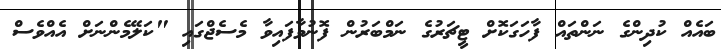
ބައެއް ކުދިންގެ ނަންތައް ފާހަގަކޮށް ޓީޗަރުގެ ނަމްބަރުން ފޮނުވާފައިވާ މެސެޖްގައި "ކަލޭމެންނަށް އެއްވެސް